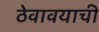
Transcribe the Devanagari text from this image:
ठेवावयाची